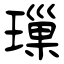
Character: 璅